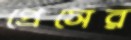
প্রেসের